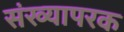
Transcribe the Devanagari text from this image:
संख्यापरक